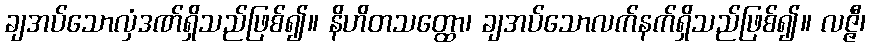
ချအပ်သောလှံဒဏ်ရှိသည်ဖြစ်၍။ နိဟိတသတ္ထော၊ ချအပ်သောလက်နက်ရှိသည်ဖြစ်၍။ လဇ္ဇီ၊